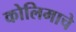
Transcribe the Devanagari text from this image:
कोलिमाचे